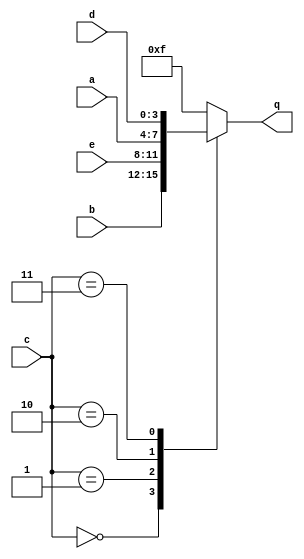
module top_module (input [3:0] a,b,c,d,e,output [3:0] q );
always@(*)begin
        case(c)
            0 : q <= b;
            1 : q <= e;
            2 : q <= a;
            3 : q <= d;
            default: q <= 4'b1111;
        endcase end
endmodule